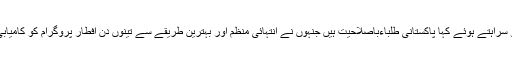
یونیورسٹی کے سیکریٹری نے منفرد انداز میں افطاری پروگرام کو سراہتے ہوئے کہا پاکستانی طلباءباصلاحیت ہیں جنہوں نے انتہائی منظم اور بہترین طریقے سے تینوں دن افطار پروگرام کو کامیابی سے مکمل کیا اور کسی کو کوئی دشواری کاسامنا نہیں کرنا پڑا ۔